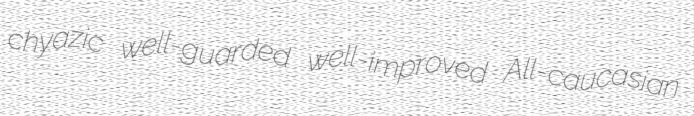
chyazic well-guarded well-improved All-caucasian